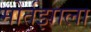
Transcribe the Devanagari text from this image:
मोर्तझाला